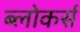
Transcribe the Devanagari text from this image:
ब्लोकर्स